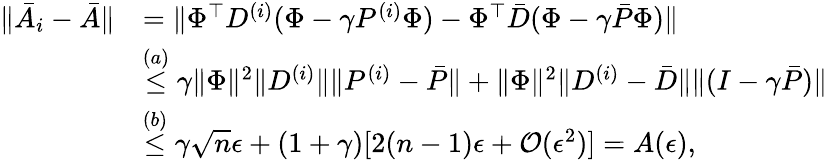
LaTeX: \begin{array}{rl}{\lVert\bar{A}_{i}-\bar{A}\rVert}&{=\lVert\Phi^{\top}D^{(i)}(\Phi-\gamma P^{(i)}\Phi)-\Phi^{\top}\bar{D}(\Phi-\gamma\bar{P}\Phi)\rVert}\\ &{\stackrel{(a)}{\le}\gamma\lVert\Phi\rVert^{2}\lVert D^{(i)}\rVert\lVert P^{(i)}-\bar{P}\rVert+\lVert\Phi\rVert^{2}\lVert D^{(i)}-\bar{D}\rVert\lVert(I-\gamma\bar{P})\rVert}\\ &{\stackrel{(b)}{\le}\gamma\sqrt{n}\epsilon+(1+\gamma)[2(n-1)\epsilon+\mathcal{O}(\epsilon^{2})]=A(\epsilon),}\end{array}